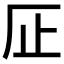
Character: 𱤽